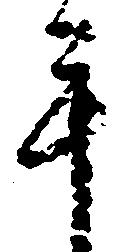
手